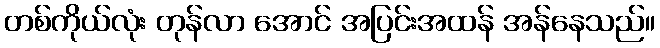
တစ်ကိုယ်လုံး တုန်လာ အောင် အပြင်းအထန် အန်နေသည်။